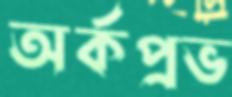
অর্কপ্রভ